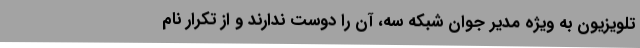
تلویزیون به ویژه مدیر جوان شبکه سه، آن را دوست ندارند و از تکرار نام